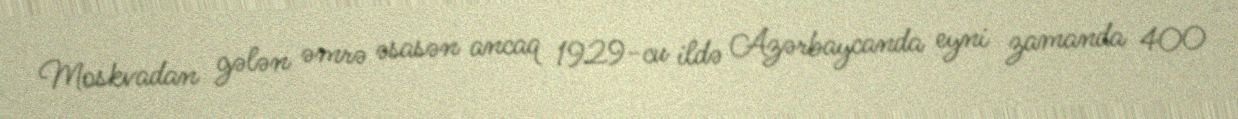
Moskvadan gələn əmrə əsasən ancaq 1929-cu ildə Azərbaycanda eyni zamanda 400